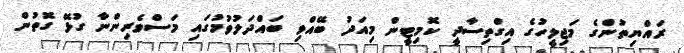
ރައްޔިތުންގެ މަޖިލީހުގެ އިގްތިސާދީ ކޮމިޓީން މިއަދު ބޭއްވި ބައްދަލުވުމުގައި މަސްވެރިންނާ ގުޅޭ ގޮތުން